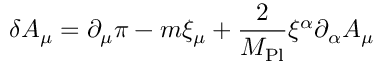
\delta A _ { \mu } = \partial _ { \mu } \pi - m \xi _ { \mu } + { \frac { 2 } { M _ { \mathrm { P l } } } } \xi ^ { \alpha } \partial _ { \alpha } A _ { \mu }